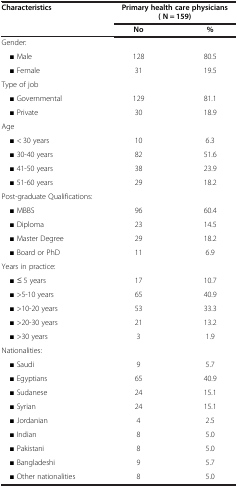
| <ROWSPAN=2> Characteristics | <COLSPAN=2> Primary health care physicians ( N = 159) |
 | No | % |
 | --- | --- | --- |
 | Gender: |  |  |
 | ■ Male | 128 | 80.5 |
 | ■ Female | 31 | 19.5 |
 | Type of job |  |  |
 | ■ Governmental | 129 | 81.1 |
 | ■ Private | 30 | 18.9 |
 | Age |  |  |
 | ■ < 30 years | 10 | 6.3 |
 | ■ 30-40 years | 82 | 51.6 |
 | ■ 41-50 years | 38 | 23.9 |
 | ■ 51-60 years | 29 | 18.2 |
 | Post-graduate Qualifications: |  |  |
 | ■ MBBS | 96 | 60.4 |
 | ■ Diploma | 23 | 14.5 |
 | ■ Master Degree | 29 | 18.2 |
 | ■ Board or PhD | 11 | 6.9 |
 | Years in practice: |  |  |
 | ■ ≤ 5 years | 17 | 10.7 |
 | ■ >5-10 years | 65 | 40.9 |
 | ■ >10-20 years | 53 | 33.3 |
 | ■ >20-30 years | 21 | 13.2 |
 | ■ >30 years | 3 | 1.9 |
 | Nationalities: |  |  |
 | ■ Saudi | 9 | 5.7 |
 | ■ Egyptians | 65 | 40.9 |
 | ■ Sudanese | 24 | 15.1 |
 | ■ Syrian | 24 | 15.1 |
 | ■ Jordanian | 4 | 2.5 |
 | ■ Indian | 8 | 5.0 |
 | ■ Pakistani | 8 | 5.0 |
 | ■ Bangladeshi | 9 | 5.7 |
 | ■ Other nationalities | 8 | 5.0 |